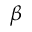
\beta